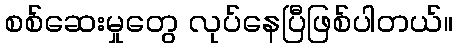
စစ်ဆေးမှုတွေ လုပ်နေပြီဖြစ်ပါတယ်။